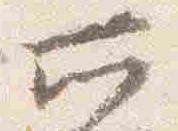
所